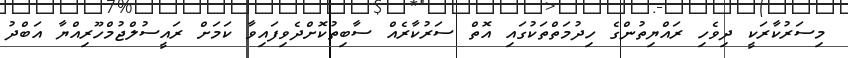
މިސަރުކާރަކީ ދިވެހި ރައްޔިތުންގެ ހިދުމަތްތަކުގައި އޮތް ސަރުކާރެއް ސާބިތުކޮށްދެވިފައިވާ ކަމަށް ރައީސުލްޖުމްހޫރިއްޔާ އަބްދު